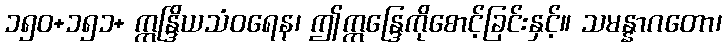
၁၅၀+၁၅၁+ ဣန္ဒြိယသံဝရေန၊ ဤဣန္ဒြေကိုစောင့်ခြင်းနှင့်။ သမန္နာဂတော၊